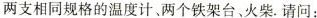
两支相同规格的温度计。两个铁架台、火柴.请问：